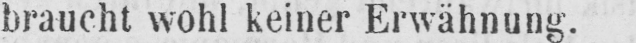
braucht wohl keiner Erwähnung.